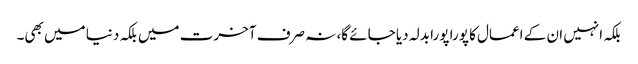
بلکہ انہیں ان کے اعمال کا پورا پورا بدلہ دیا جائے گا، نہ صرف آخرت میں بلکہ دنیا میں بھی۔